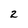
Character: 2